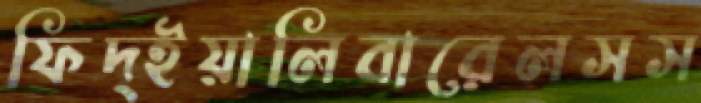
ফিদ্ইয়ালিবারেলসস